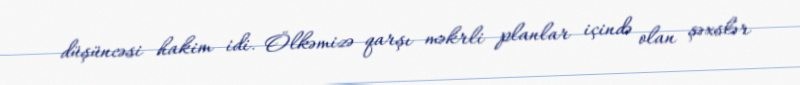
düşüncəsi hakim idi. Ölkəmizə qarşı məkrli planlar içində olan şəxslər